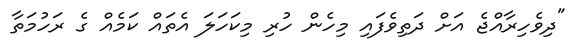
"ދިވެހިރާއްޖެ އަށް ދަތިވެފައި މިހެން ހުރި މިކަހަލަ އެތައް ކަމެއް ގެ ރަހުމަތާ